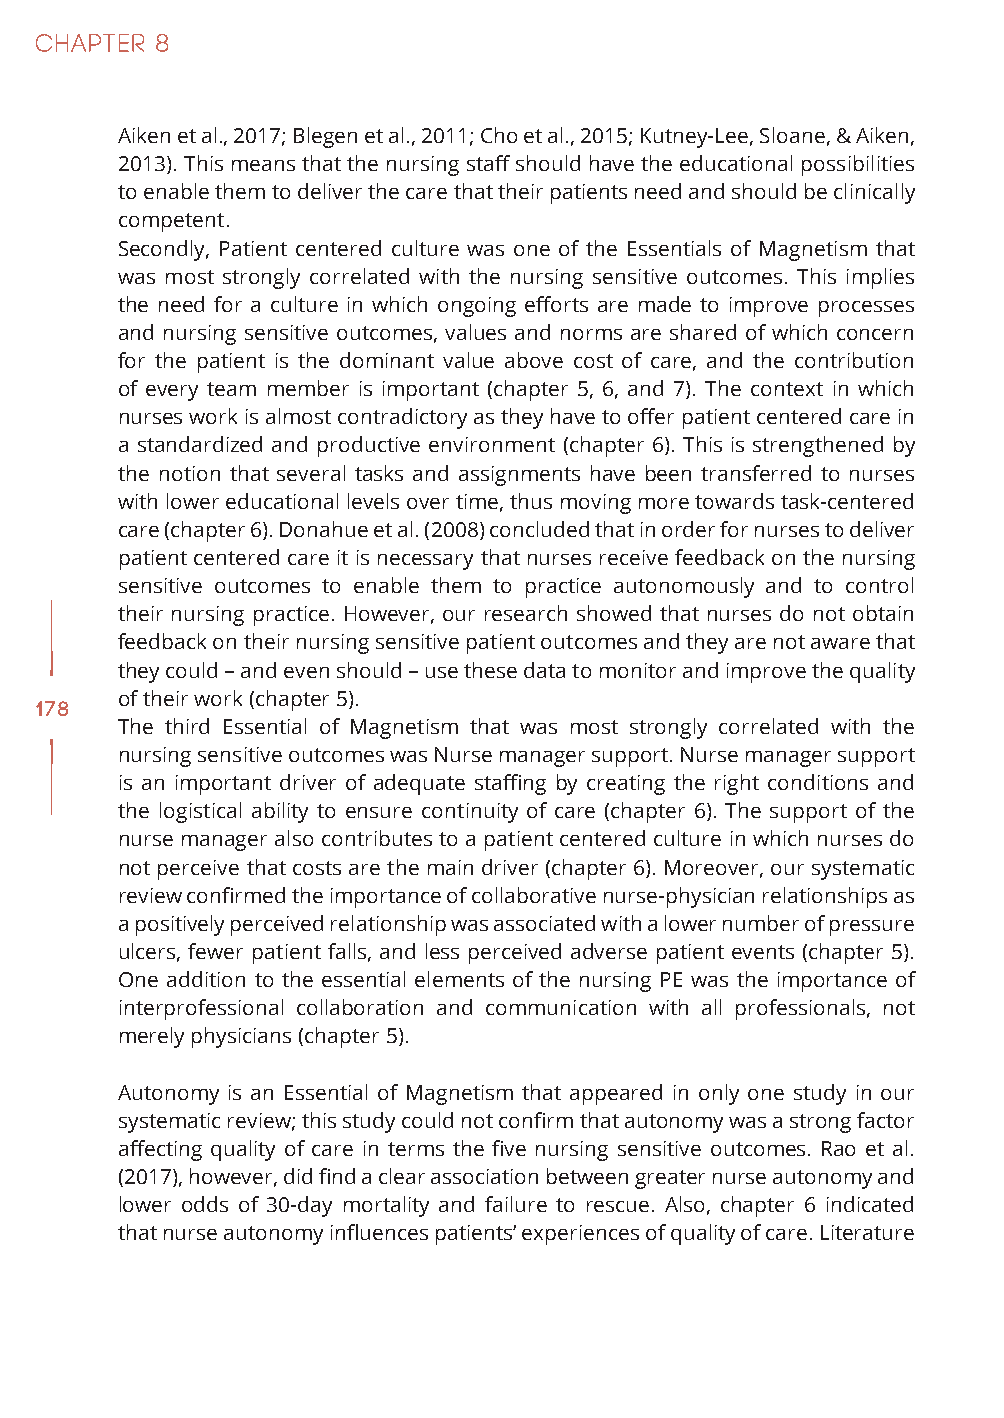
Aiken et al., 2017; Blegen et al., 2011; Cho et al., 2015; Kutney-Lee, Sloane, & Aiken,
 2013). This means that the nursing staff should have the educational possibilities
 to enable them to deliver the care that their patients need and should be clinically
 competent.
 Secondly, Patient centered culture was one of the Essentials of Magnetism that
 was most strongly correlated with the nursing sensitive outcomes. This implies
 the need for a culture in which ongoing efforts are made to improve processes
 and nursing sensitive outcomes, values and norms are shared of which concern
 for the patient is the dominant value above cost of care, and the contribution
 of every team member is important (chapter 5, 6, and 7). The context in which
 nurses work is almost contradictory as they have to offer patient centered care in
 a standardized and productive environment (chapter 6). This is strengthened by
 the notion that several tasks and assignments have been transferred to nurses
 with lower educational levels over time, thus moving more towards task-centered
 care (chapter 6). Donahue et al. (2008) concluded that in order for nurses to deliver
 patient centered care it is necessary that nurses receive feedback on the nursing
 sensitive outcomes to enable them to practice autonomously and to control
 their nursing practice. However, our research showed that nurses do not obtain
 feedback on their nursing sensitive patient outcomes and they are not aware that
 they could – and even should – use these data to monitor and improve the quality
 of their work (chapter 5).
 178
 The third Essential of Magnetism that was most strongly correlated with the
 nursing sensitive outcomes was Nurse manager support. Nurse manager support
 is an important driver of adequate staffing by creating the right conditions and
 the logistical ability to ensure continuity of care (chapter 6). The support of the
 nurse manager also contributes to a patient centered culture in which nurses do
 not perceive that costs are the main driver (chapter 6). Moreover, our systematic
 review confirmed the importance of collaborative nurse-physician relationships as
 a positively perceived relationship was associated with a lower number of pressure
 ulcers, fewer patient falls, and less perceived adverse patient events (chapter 5).
 One addition to the essential elements of the nursing PE was the importance of
 interprofessional collaboration and communication with all professionals, not
 merely physicians (chapter 5).
 Autonomy is an Essential of Magnetism that appeared in only one study in our
 systematic review; this study could not confirm that autonomy was a strong factor
 affecting quality of care in terms the five nursing sensitive outcomes. Rao et al.
 (2017), however, did find a clear association between greater nurse autonomy and
 lower odds of 30-day mortality and failure to rescue. Also, chapter 6 indicated
 that nurse autonomy influences patients’ experiences of quality of care. Literature